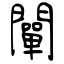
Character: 闡